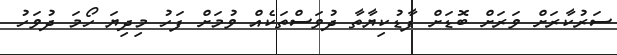
ސަރުކާރަށް ވަރަށް ބޮޑަށް ފާޑުކިޔާތާ ދުވަސްތަކެއް ވުމަށް ފަހު މިދިޔަ ހޯމަ ދުވަހު